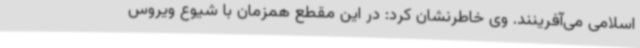
اسلامی می‌آفرینند. وی خاطرنشان کرد: در این مقطع همزمان با شیوع ویروس